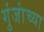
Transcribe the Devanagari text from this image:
गुंजांच्या